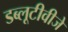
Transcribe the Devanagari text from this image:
डब्लूटीवीजे